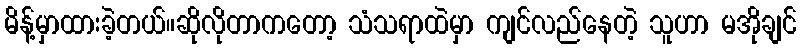
မိန့်မှာထားခဲ့တယ်။ဆိုလိုတာကတော့ သံသရာထဲမှာ ကျင်လည်နေတဲ့ သူဟာ မအိုချင်